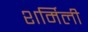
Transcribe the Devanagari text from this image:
शर्मिली